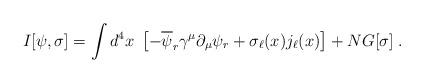
LaTeX: \begin{align*}I[\psi,\sigma]=\int d^4x\;\left[-\overline{\psi}_r\gamma^\mu\partial_\mu\psi_r+\sigma_\ell(x)j_\ell(x)\right]+NG[\sigma]\;.\end{align*}